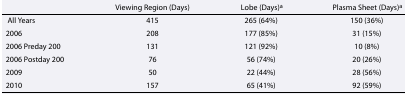
|  | Viewing Region (Days) | Lobe (Days)a | Plasma Sheet (Days)a |
 | --- | --- | --- | --- |
 | All Years | 415 | 265 (64%) | 150 (36%) |
 | 2006 | 208 | 177 (85%) | 31 (15%) |
 | 2006 Preday 200 | 131 | 121 (92%) | 10 (8%) |
 | 2006 Postday 200 | 76 | 56 (74%) | 20 (26%) |
 | 2009 | 50 | 22 (44%) | 28 (56%) |
 | 2010 | 157 | 65 (41%) | 92 (59%) |